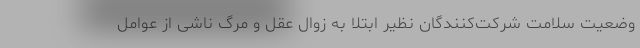
وضعیت سلامت شرکت‌کنندگان نظیر ابتلا به زوال عقل و مرگ ناشی از عوامل